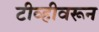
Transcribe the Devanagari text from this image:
टीव्हीवरून